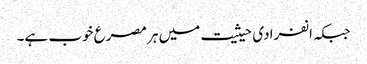
جبکہ انفرادی حیثیت میں ہر مصرع خوب ہے۔